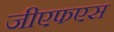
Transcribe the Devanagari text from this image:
जीएफएस